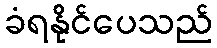
ခံရနိုင်ပေသည်